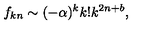
f _ { k n } \sim ( - \alpha ) ^ { k } k ! k ^ { 2 n + b } ,